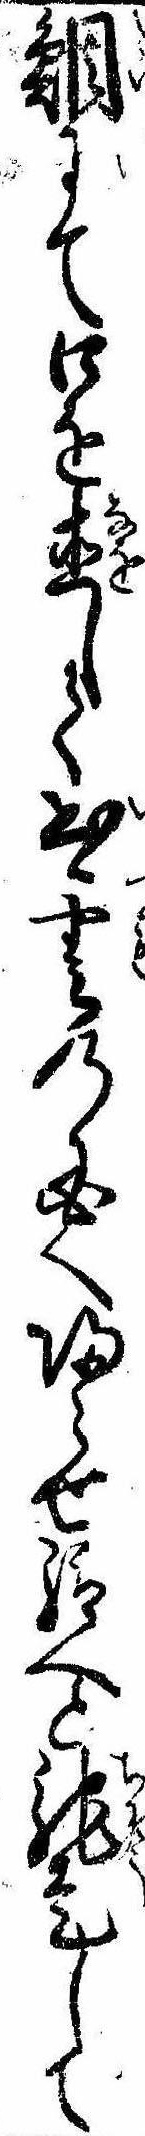
鯛にて口を直して出雲の国へ帰らせ給へと馳走して